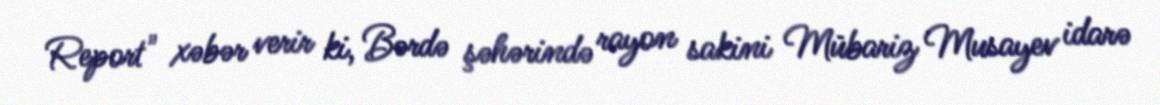
Report" xəbər verir ki, Bərdə şəhərində rayon sakini Mübariz Musayev idarə